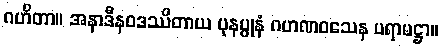
ဂဟိတာ။ အနာဒီနဝဒဿိတာယ ပုနပ္ပုနံ ဂဟဏဝသေန ပရာမဋ္ဌာ။